Medical and sanitary report of the native army of Bengal for the year
Year: 1877
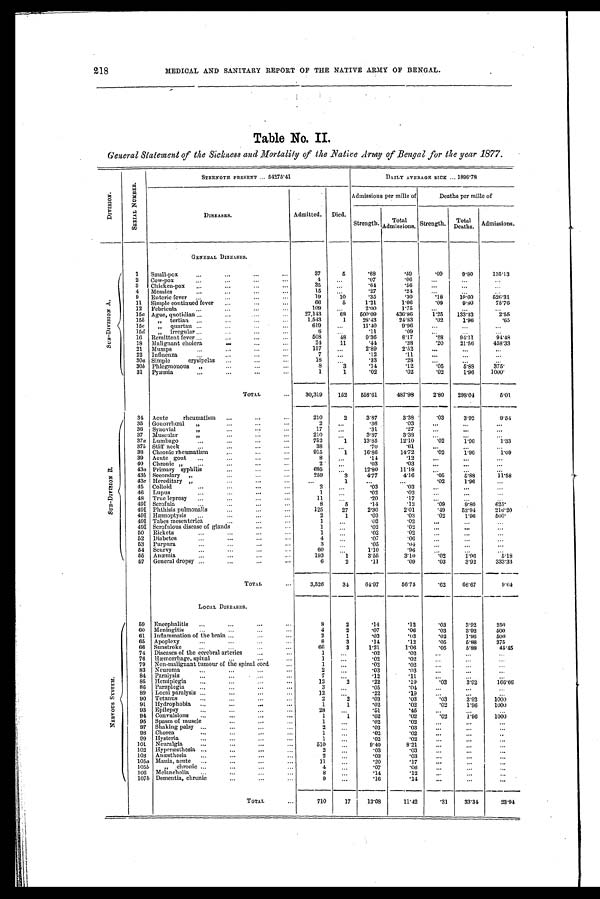
218 MEDICAL AND SANITARY REPORT OF THE NATIVE ARMY OF BENGAL.
Table No. II.
General Statement of the Sickness and Mortality of the Native Army of Bengal for the year 1877.
S E R I A L N U M B E R .
STRENGTh PRESENT ... 54275.41
DAILY AVERAGE SICK ... 1896.78
D I V I S I O N
Admissions per mille of
Deaths per mille of
DISEASES.
Admitted. Died.
Strength. Total
A d m i s s i o n s .
Strength. Total
Deaths. Admissions.
GENERAL DISEASES.
S U B - D I V I S I O N A .
1 Small-pox
...
...
...
. . .
37
5
. 6 8
.59
. 0 9
9 . 8 0 135.13
2 Cow-pox
...
..
. . .
4
. . .
. 0 7
. 0 6
. . .
...
...
3 Chicken-pox ...
...
...
. . .
3
. . .
. 6 4
. 5 6
. . . ...
...
4 Measles
...
. . .
15
. . .
. 2 7
. 2 4
. . . ...
. . .
9 Enteric fever . ... ... ...
19
10
. 3 5
. 3 0
. 1 8 19.60
626.31
11 Simple continued fever ...
...
66
5
1 . 2 1
1.06
. 0 9 9.80
75.76
12 Febricula
...
... ...
. . .
109
. . . 2 . 0 0
1.75
...
. . . ...
15a Ague, quotidian ...
...
....
... 27,143
68 500.09
436.86
1.25 133.33
2.55
15b " tertian ...
...
...
1,543
1
28.43
24.83
. 0 2 1.96
. 6 5
15c
" quartan ... ...
. . . ;
619 ...
11.40
9.96
...
...
...
1 5
d " Irregular ... ... ...
6
. . .
. 1 1
. 0 9
...
...
. . .
16 Remittent fever ...
...
...
...
508
48
9.36
8.17
. 8 8 94.11
94.48
18 Malignant cholera
...
...
24
11
. 4 4
. 3 8
. 2 0 21.56
458.33
21 Mumps
...
...
...
157 ...
2.89
2.52
...
...
...
22 Influenza
...
...
...
. . .
7 ...
.12
. 1 1
...
. . . ...
30a Simple erysipelas ...
...
. . .
18
. . .
. 3 3
. 2 8
. . . ...
...
30b Phlegmonous "
... ...
...
8
3
. 1 4
. 1 2
. 0 5 5.88
375.
31 Pyæmia
...
...
...
...
1
1
_
. 0 2
. 0 2
. 0 2 1.96 1 0 0 0 .
TOTAL
... 30,319 152 558.61
487.98
2 . 8 0 .
298.04
5.01
S U B - D I V I S I O N B .
34 Acute rheumatism ...
...
...
210
2
3.87
3.38
. 0 3 3.92
9.54
35 Gonorrhœal "
...
...
...
2
. . . L
. 3 6
. 0 3
. . . ...
...
36 Synovial
..
.. .
...
17
. . .
. 3 1
. 2 7
. . . ...
...
37 Muscular "
...
...
210 ...
3.87
3.38
...
...
...
37a Lumbago
...
...
...
...
752
1 13.85
12.10
. 0 2 1.96
1 . 3 3
37b Stiff neck ... ... ...
...
38 ...
. 7 0
. 6 1
. . . ...
...
38 Chronic rheumatism
...
...
915
1
16.86
14.72
. 0 2 1.96
1 . 0 9
39 Acute gout ...
...
...
8 ...
. 1 4
. 1 2
...
...
...
40 Chronic " ...
...
...
...
2 ...
. 0 3
. 0 3
. . . ...
...
43a Primary syphilis
...
...
695
. . .
12.80
11.18
. . .
. . .
. . .
43b Secondary "...
...
259
3
4.77
4.16
. 0 5
5 . 8 8
11.58
43c Hereditary "
... ...
...
...
1
...
...
. 0 2
1 . 9 6
...
45 Colloid...
...
2
. . .
. 0 3
. 0 3
. . . ...
...
46
L u p u s
...
1
. . .
. 0 2
. 0 2
. . . ...
...
48 True leprosy ...
...
...
...
11 ...
. 2 0
. 1 7
. . .
. . .
. . .
49I Scrofula
...
8
5
. 1 4
. 1 2
. 0 9 9.80
625.
49I Phthisi
s pulmonalis
...
...
...
125
27
2.30
2.01
. 4 9 52.94
216.20
49I Hæmoptysis ...
... ...
2
1
. 0 3
. 0 3
. 0 2 1.96
500.
49I Tabes mesenterica ... ...
...
1
...
. 0 2
. 0 2
. . . ...
. . .
49I Scrofulous disease of glands
...
...
1
. . .
. 0 2
. 0 2
. . . ....
...
50 Rickets
...
...
...
...
1 ...
. 0 2
. 0 2
. . .
. . .
. . .
52 Diabetes
...
...
...
...
4
. . .
. 0 7
. 0 6
. . . ...
...
53 Purpura
... ...
...
3
. . .
. 0 5
. 0 4
. . .
. . .
...
54 Scurvy
...
...
...
60
. . .
1.10
. 9 6
. . .
. . .
. . .
55 Anæmia
...
...
...
193
1
3.55
3.10
. 0 2 1.96
5 . 1 8
57 General dropsy ...
...
...
6
2
.11
. 0 9
. 0 3
3.92
333.33
TOTAL
...
3,526
34 64.97
56.75
. 6 2 66.67
9 . 6 4
LOCAL DISEASES.
N E R V O U S S Y S T E M . 59 Encephalitis ...
...
...
...
8
2
. 1 4
. 1 2
. 0 3
3.92
250
60 Meningitis ...
...
...
...
4
2
. 0 7
. 0 6
. 0 3
3.92
500
61 Inflammation of the brain ...
...
2
1
. 0 3
. 0 3
. 0 2
1 . 9 6 500
65 Apoplexy
... ...
...
8
3
. 1 4
. 1 2
. 0 5
5.88
375
66 Sunstroke
...
... . ..
...
66
3
1.21
1 . 0 6
. 0 5
5.88
45.45
74 Diseases of the cerebral arteries
...
1 ...
. 0 2
. 0 2 ...
...
...
76 Hæwmorrhage, spinal ... ...
...
1 ...
. 0 2
. 0 2
. . .
. . . ...
79 Non-malignant tumour of the spinal cord
...
1 ...
. 0 2
. 0 2
...
...
...
83 Ncuroma
...
...
...
...
2
. . .
. 0 3
. 0 3 ...
...
...
84 Paralysis...
...
...
7 ...
. 1 2 . 1 1
...
...
...
85 Hemiplegia ...
...
...
...
12
2
. 2 2
. 1 9
. 0 3
3.92
166.66
86 Paraplegia .... ...
...
3 ...
. 0 5
. 0 4 ...
...
...
89 Local paralysis ...
...
...
12 ...
. 2 2
. 1 9
. . . ...
. . .
90 Tetanus
... ...
...
2
2
. 0 3
. 0 3
. 0 3
3.92
1 0 0 0
91 Hydrophobia ...
...
...
...
1
1
. 0 2
. 0 2
. 0 2
1.96 1000
93 Epilepsy
... ...
...
28
. . .
. 5 1
. 4 5
...
...
. . .
94 Convulsions ...
...
...
...
1
1
. 0 2
. 0 2
. 0 2
1 . 9 6 1000
95 Spasm of muscle
...
... ...
1 ...
. 0 2
. 0 2 ...
...
...
97 Shaking palsy ...
... ...
...
2
. . .
. 0 3
. 0 3 ...
. . . ...
98 Chorea
...
...
...
1 ...
. 0 2
. 0 2 ...
. . .
. . .
99 Hysteria
...
...
5 1 0 ...
. 0 2
. 0 2
. . .
. . .
. . .
101 Neuralgia...
...
...
510
. . .
9.40
8.21
. . .
. . .
. . .
102 Hyperæsthesia . . . . . . . . .
...
2
. . .
. 0 3
. 0 3
...
. . .
. . .
103 Anæsthesia ...
...
2 ...
.03 .03
...
...
. . .
105a Mania, acute ..
...
11 ...
. 2 0
. 1 7 ...
. . .
. . .
1 0 5
b " c h r o n i c
4
. . .
.07
.06
...
...
. . .
106 Melancholia ...
...
8 ...
. 1 4
. 1 2
. . . ...
. . .
107b Dementia, chronic ... ...
9 ...
. 1 6
. 1 4 ...
. . . ...
TOTAL
...
710
17 13.08
11.42
. 3 1
33.34
23.94